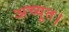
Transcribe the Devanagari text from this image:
अच्युत।